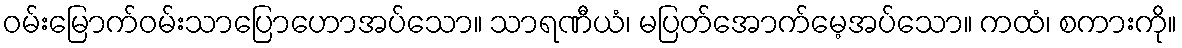
ဝမ်းမြောက်ဝမ်းသာပြောဟောအပ်သော။ သာရဏီယံ၊ မပြတ်အောက်မေ့အပ်သော။ ကထံ၊ စကားကို။